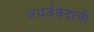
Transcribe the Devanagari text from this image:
अथर्ववेदाची